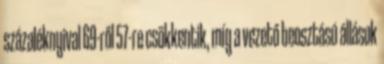
százaléknyival 69-ről 57-re csökkentik, míg a vezető beosztású állások